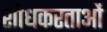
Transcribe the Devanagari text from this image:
शोधकरताओं